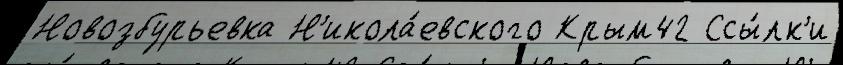
Новозбурьевка Н'икола́евского Крым42 Ссы́лк'и